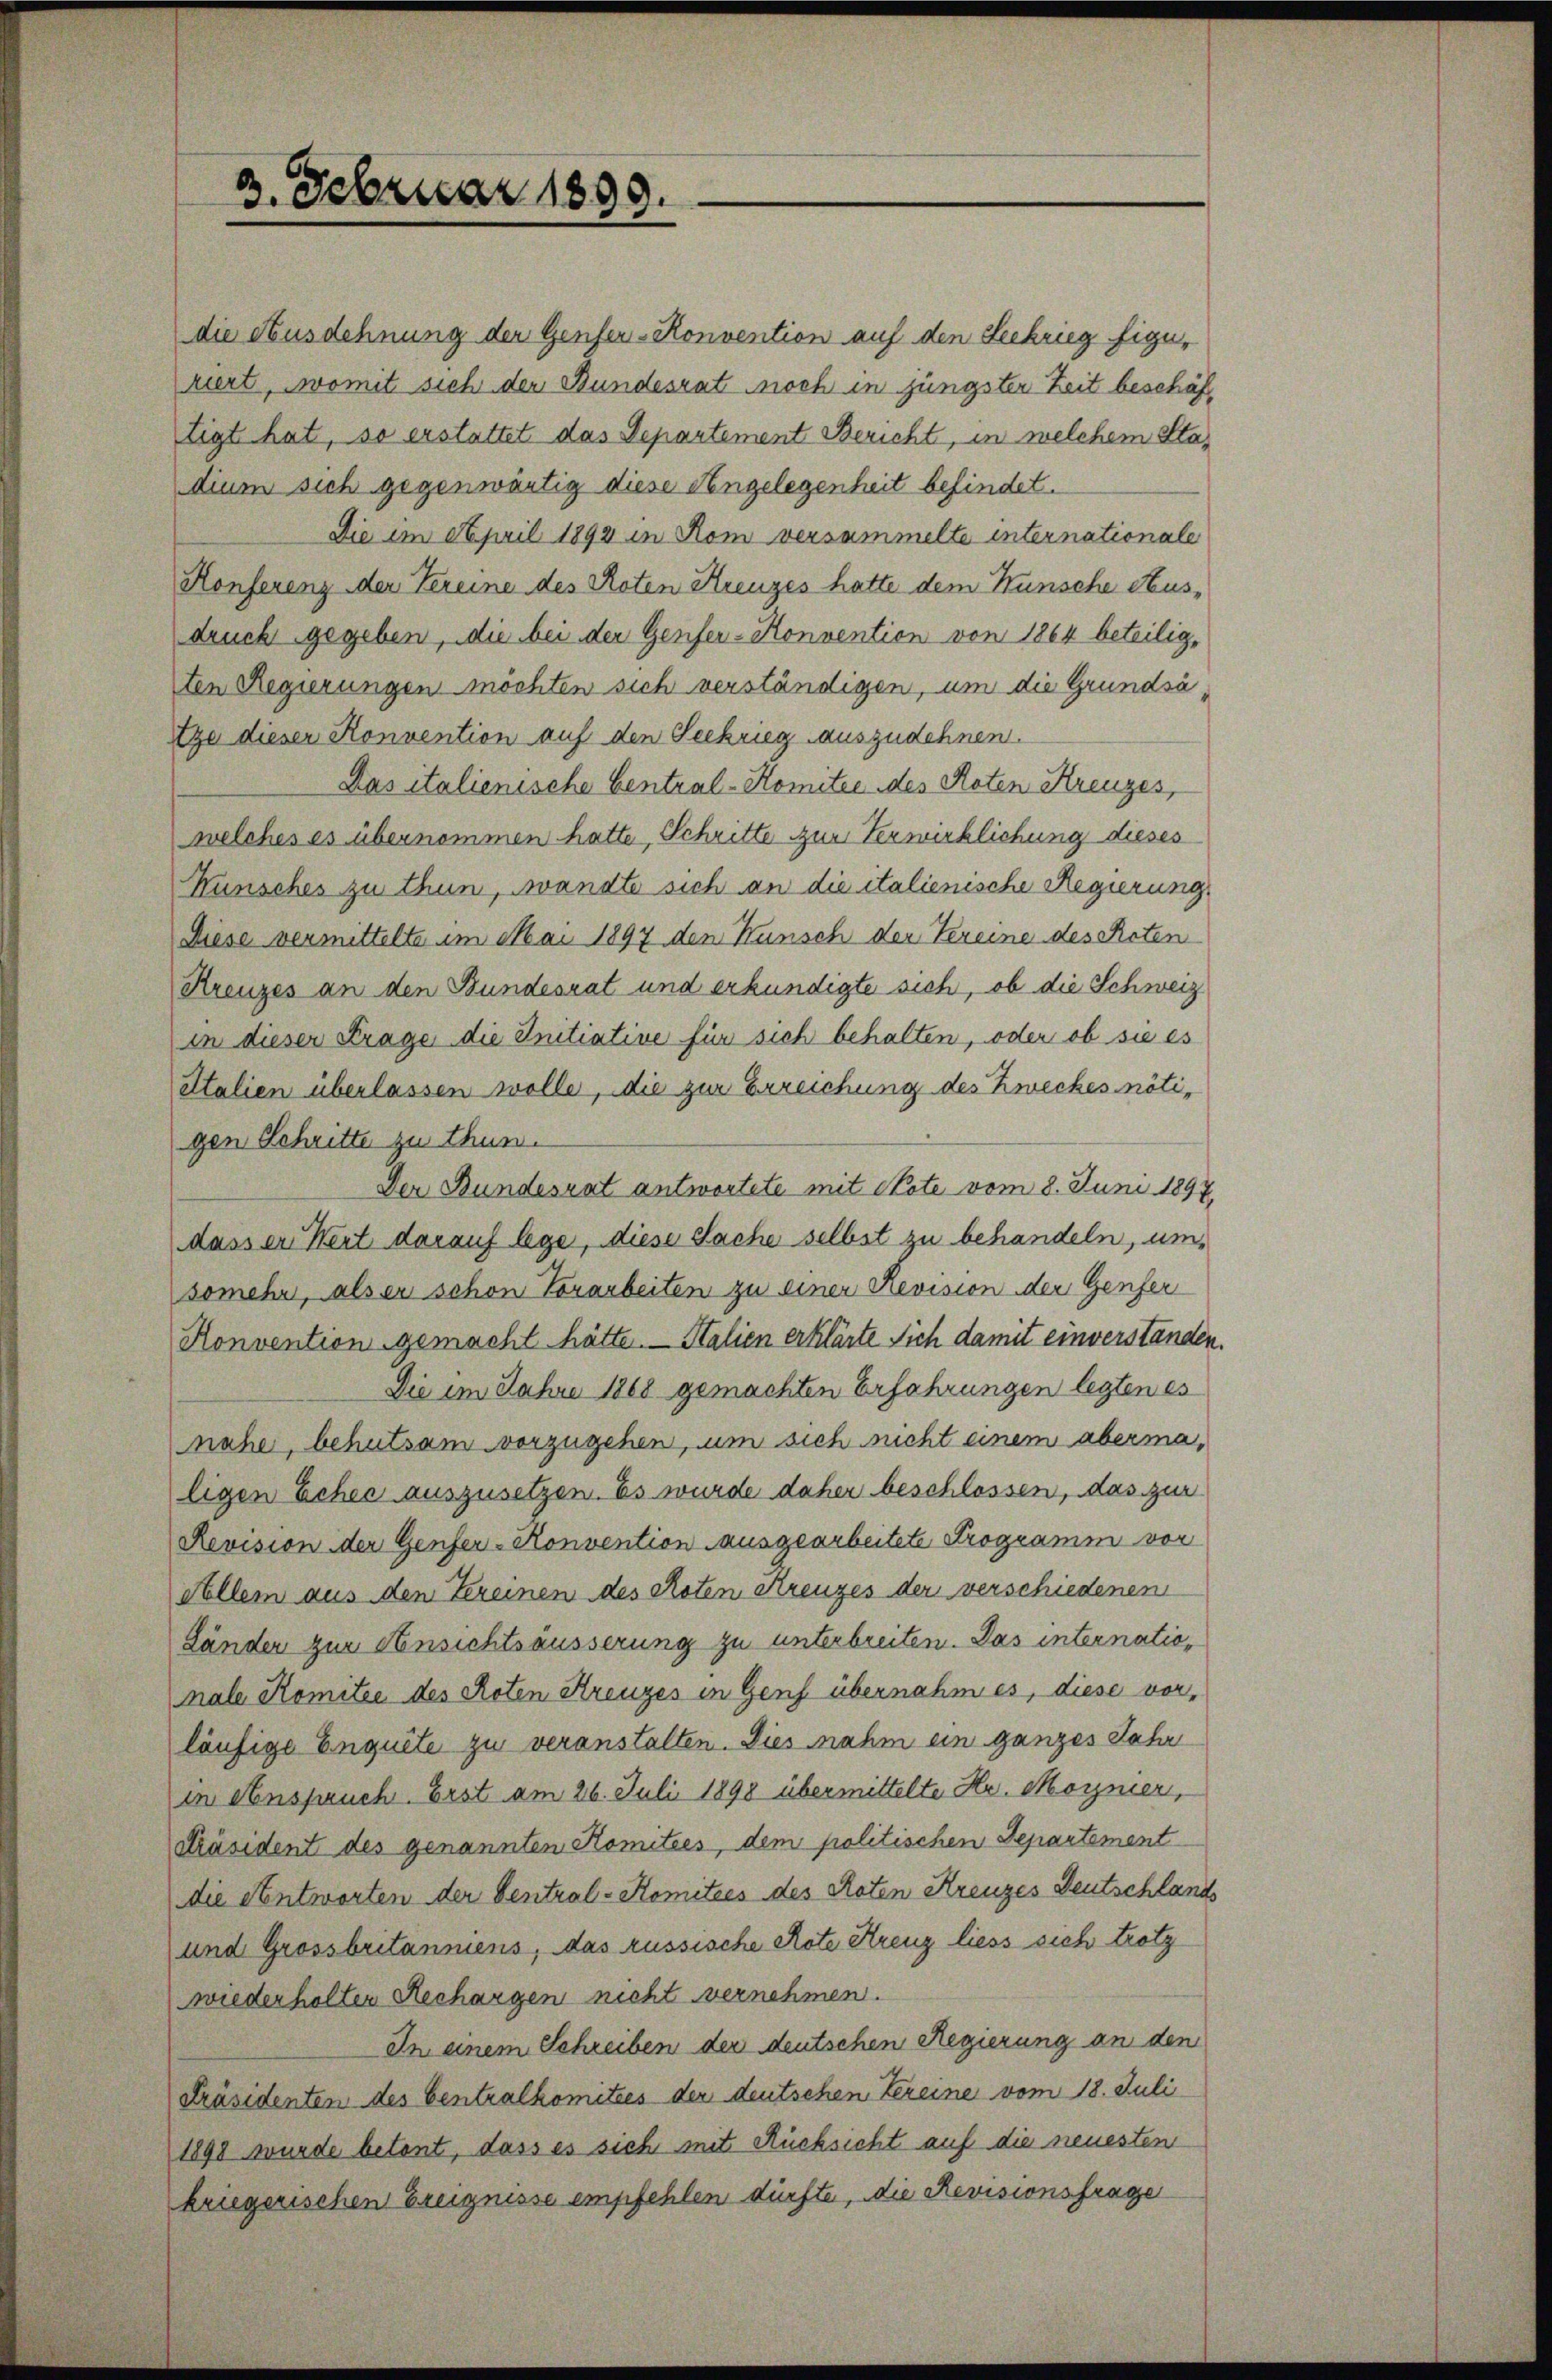
2. Februar 1899.

die Ausdehnung der Genfer-Konvention auf den Seekrieg figu
riert, womit sich der Bundesrat noch in jüngster Zeit beschäftigt hat, so erstattet das Separtement Bericht, in welchem Stadium sich gegenwärtig diese Angelegenheit befindet.
Die im April 1894 in Rom versammelte internationale
Konferenz der Vereine des Roten Kreuzes hatte dem Wunsche Ausdruck gegeben, die bei der Genfer-Konvention von 1864 beteilig,
ten Regierungen möchten sich verständigen, um die Grundsä
tze dieser Konvention auf den Seekrieg auszudehnen.
Das italienische Central-Komitee des Roten Kreuzes,
welches es übernommen hatte, Schritte zur Verwirklichung dieses
Kunsches zu thun, wandte sich an die italienische Regierung,
Diese vermittelte im Mai 1897 den Kunsch der Vereine des Reten¬
Kreuzes an den Bundesrat und erkundigte sich, ob die Schweiz
in dieser Krage die Initiative für sich behalten, oder ob sie es
Italien überlassen wolle, die zur Erreichung des Zweckes nötigen Schritte zu thun.
Der Bundesrat antwortete mit Note vom 8. Juni 1897
dasser Wert darauf lege, diese Sache selbst zu behandeln, um,
somehr, als er schon Vorarbeiten zu einer Revision der Genfer
Konvention gemacht hätte. Stalien erklärte Sich damit einverständen.
Die im Jahre 1868 gemachten Erfahrungen legten es
nahe, behutsam vorzugehen, um sich nicht einem abermaligen Echer auszusetzen. Es wurde daher beschlossen, das zur
Revision der Genfer-Konvention ausgearbeitete Programm vor
Allem aus den Tereinen des Roten Kreuzes der verschiedenen
Länder zur Ansichtsäusserung zu unterbreiten. Das internationale Komitee des Roten Kreuzes in Genf übernahm es, diese vorläufige Enquite zu veranstalten. Dies nahm ein ganzes Jahr
in Anspruch. Erst am 26. Juli 1898 übermittelte Hr. Mornier,
Präsident des genannten Komitees, dem politischen Departement
die Antworten der Central-Komitees des Roten Kreuzes Deutschlands
und Grossbritanniens, das russische Note Kreuz liess sich trotz
wiederholten Rechargen nicht vernehmen.
In einem Schreiben der deutschen Regierung an den
Präsidenten des Centralkomitees der deutschen Vereine vom 18. Juli
1898 wurde betont, dass es sich mit Rücksicht auf die neuesten
kriegerischen Ereignisse empfehlen dürfte, die Revisionsfrage